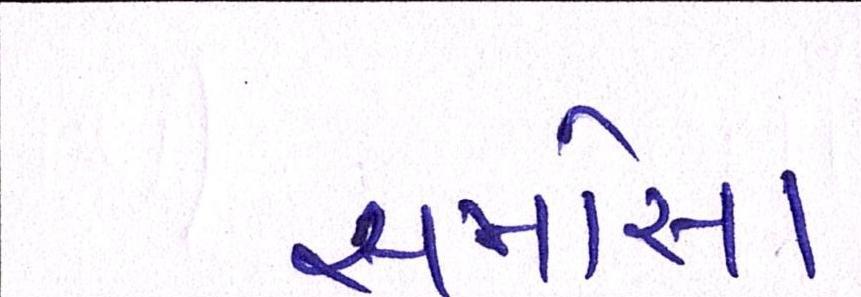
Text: સમોસા